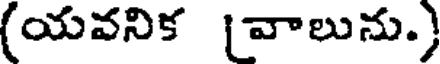
(యవనిక (వాలును.)